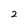
Character: 2